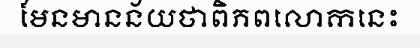
មែនមានន័យថាពិភពលោកនេះ